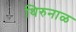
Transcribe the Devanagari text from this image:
थिरुनाळ